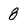
Character: 8